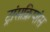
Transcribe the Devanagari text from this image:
ट्रांसक्रिप्शंस